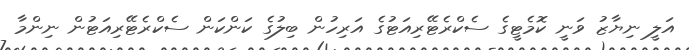
އަލީ ނިޔާޒު ވަނީ ކޮމެޓީގެ ސެކްރެޓޭރިއަޓުގެ އަރިހުން ބިލުގެ ކަންކަން ސެކްރެޓޭރިއަޓުން ނިންމާ